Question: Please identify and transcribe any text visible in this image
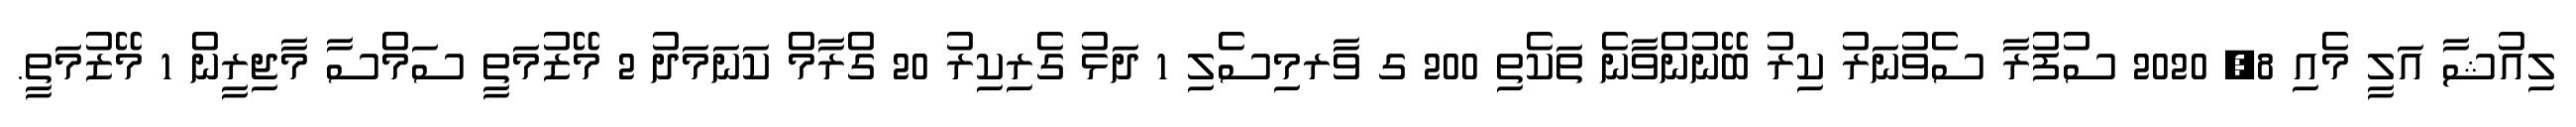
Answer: ލިއުޝާ އަލީ މެއި 8, 2020 ސުފުރާ ސެވުނަރު ކިރު ބޭނުންވާނެ ތަކެތި 200 ގ ވާރމިސެލި 1 ދަޅު ގެރިކިރު 20 ގްރާމް ކަނަމަދު 2 މޭޒުމަތީ ސަމްސާ މާޖިރީން 1 މޭޒުމަތީ.